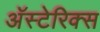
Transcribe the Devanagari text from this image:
अॅस्टेरिक्स